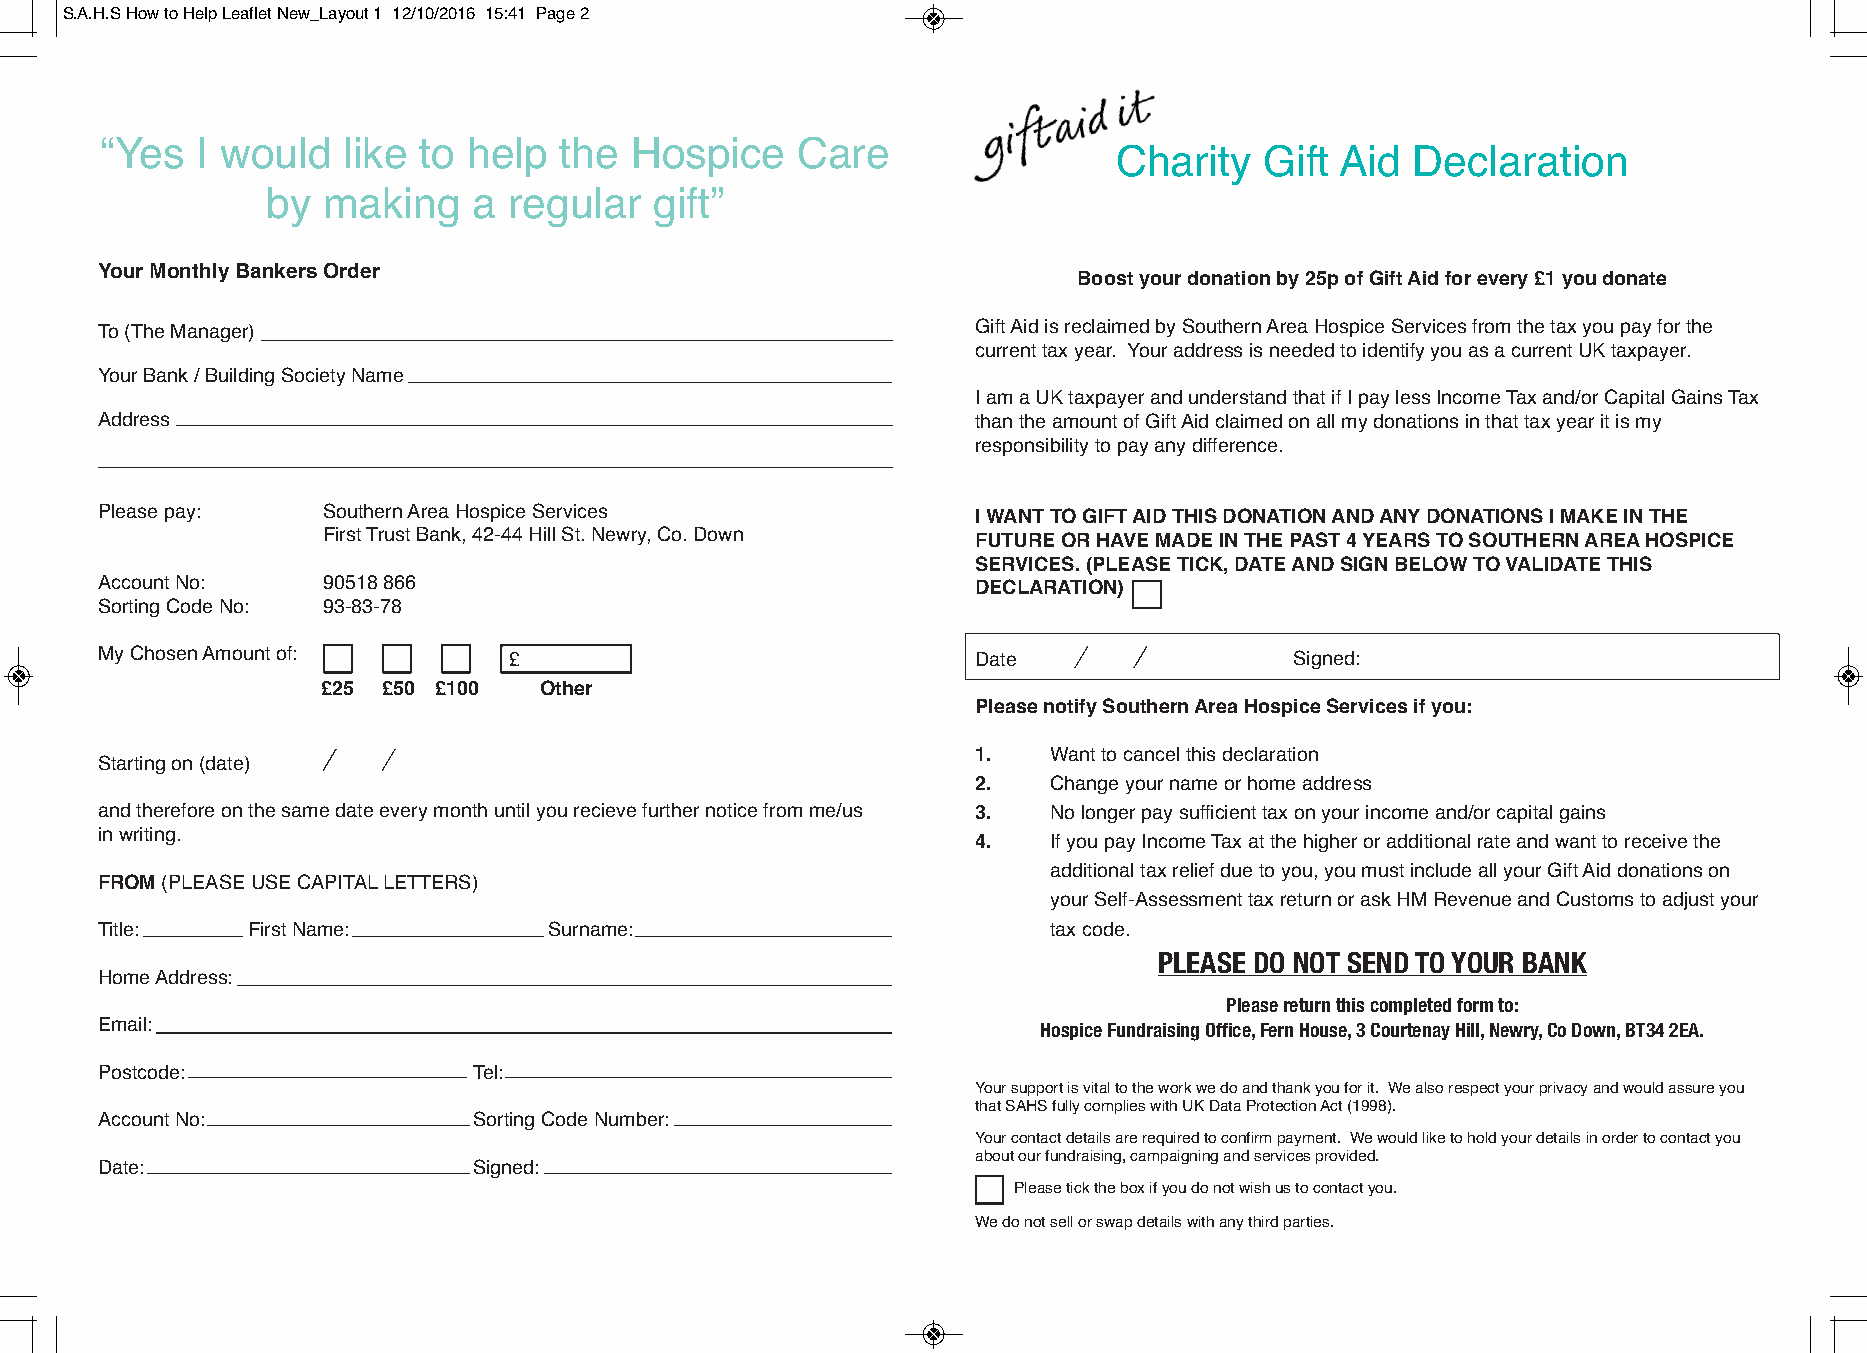
S.A.H.S How to Help Leaflet New_Layout 1 12/10/2016 15:41 Page 2
 “Yes  I would   like to help  the  Hospice    Care
 Charity   Gift Aid Declaration
 by making    a  regular  gift”
 Your Monthly Bankers Order
 Boost your donation by 25p of Gift Aid for every £1 you donate
 To (The Manager)                                           Gift Aid is reclaimed by Southern Area Hospice Services from the tax you pay for the
 current tax year. Your address is needed to identify you as a current UK taxpayer.
 Your Bank / Building Society Name
 I am a UK taxpayer and understand that if I pay less Income Tax and/or Capital Gains Tax
 Address                                                    than the amount of Gift Aid claimed on all my donations in that tax year it is my
 responsibility to pay any difference.
 Please pay:    Southern Area Hospice Services              I WANT TO GIFT AID THIS DONATION AND ANY DONATIONS I MAKE IN THE
 First Trust Bank, 42-44 Hill St. Newry, Co. Down FUTURE OR HAVE MADE IN THE PAST 4 YEARS TO SOUTHERN AREA HOSPICE
 SERVICES. (PLEASE TICK, DATE AND SIGN BELOW TO VALIDATE THIS
 Account No:    90518 866                                   DECLARATION)
 Sorting Code No: 93-83-78
 My Chosen Amount of:        £                              Date                 Signed:
 £25 £50 £100   Other
 Please notify Southern Area Hospice Services if you:
 1.  Want to cancel this declaration
 Starting on (date)
 2.  Change your name or home address
 and therefore on the same date every month until you recieve further notice from me/us 3. No longer pay sufficient tax on your income and/or capital gains
 in writing.
 4.  If you pay Income Tax at the higher or additional rate and want to receive the
 additional tax relief due to you, you must include all your Gift Aid donations on
 FROM(PLEASE USE CAPITAL LETTERS)
 your Self-Assessment tax return or ask HM Revenue and Customs to adjust your
 Title:    First Name:         Surname:                         tax code.
 PLEASE DO NOT SEND TO YOUR BANK
 Home Address:
 Please return this completed form to:
 Hospice Fundraising Office, Fern House, 3 Courtenay Hill, Newry, Co Down, BT34 2EA.
 Email:
 Postcode:                Tel:
 Your support is vital to the work we do and thank you for it. We also respect your privacy and would assure you
 that SAHS fully complies with UK Data Protection Act (1998).
 Account No:              Sorting Code Number:
 Your contact details are required to confirm payment. We would like to hold your details in order to contact you
 about our fundraising, campaigning and services provided.
 Date:                    Signed:
 Please tick the box if you do not wish us to contact you.
 We do not sell or swap details with any third parties.